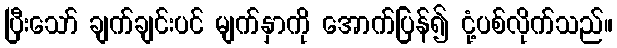
ပြီးသော် ချက်ချင်းပင် မျက်နှာကို အောက်ပြန်၍ ငုံ့ပစ်လိုက်သည်။